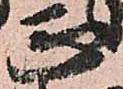
正